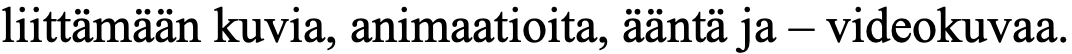
liittämään kuvia, animaatioita, ääntä ja – videokuvaa.